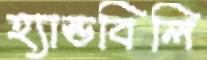
হ্যান্ডবিলি